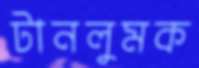
টানলুমক